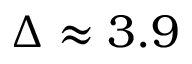
\Delta \approx 3 . 9